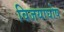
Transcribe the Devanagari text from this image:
विजयाघोष